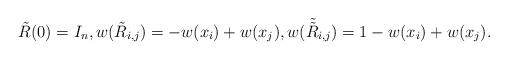
LaTeX: \begin{align*} \tilde{R}(0)=I_n,w(\tilde{R}_{i,j})=-w(x_i)+w(x_j), w(\tilde{\tilde{R}}_{i,j})=1-w(x_i)+w(x_j). \end{align*}